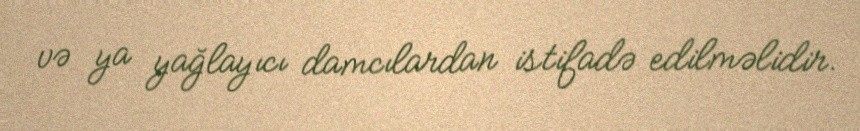
və ya yağlayıcı damcılardan istifadə edilməlidir.